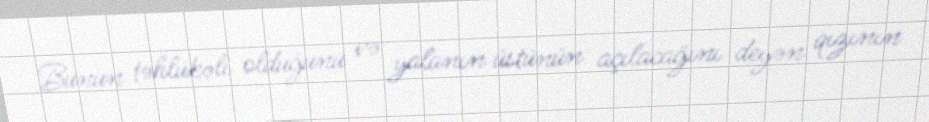
Bunun təhlükəli olduğunu və yalanın üstünün açılacağını deyən qızının